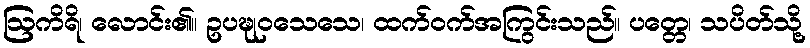
ဩကိရိ၊ လောင်း၏။ ဥပဍ္ဎုဝသေသေ၊ ထက်ဝက်အကြွင်းသည်။ ပတ္တေ၊ သပိတ်သို့